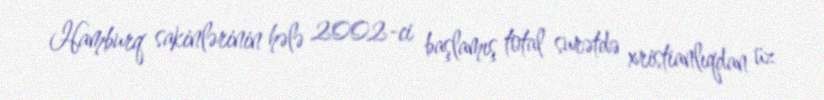
Hamburq sakinlərinin hələ 2002-ci başlamış total surətdə xristianlıqdan üz